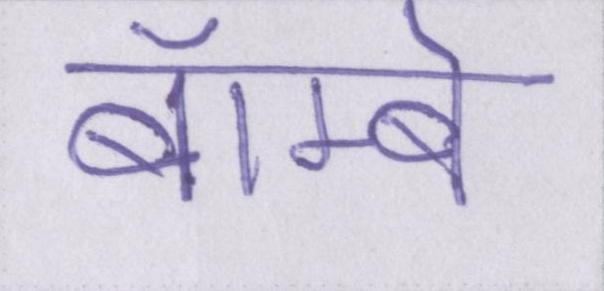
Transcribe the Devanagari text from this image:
बॅाम्बे